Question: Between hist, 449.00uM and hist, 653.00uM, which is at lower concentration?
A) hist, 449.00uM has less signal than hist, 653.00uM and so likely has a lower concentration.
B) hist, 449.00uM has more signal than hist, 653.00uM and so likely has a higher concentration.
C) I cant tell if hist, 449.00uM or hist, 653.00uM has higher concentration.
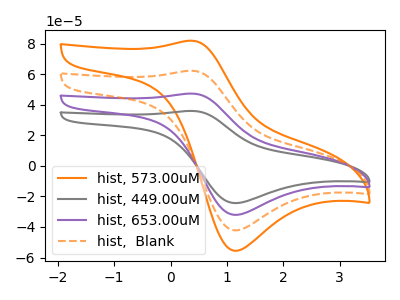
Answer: <think>The orange curve "hist, 573.00uM" has an anodic peak at (0.40V, 141.70uA) and a cathodic peak at (1.15V, -96.25uA). The gray curve "hist, 449.00uM" has an anodic peak at (0.40V, 35.90uA) and a cathodic peak at (1.15V, -24.40uA). The purple curve "hist, 653.00uM" has an anodic peak at (0.40V, 47.25uA) and a cathodic peak at (1.15V, -32.10uA). The orange dashed curve "hist,  Blank" has an anodic peak at (0.40V, 94.45uA) and a cathodic peak at (1.15V, -64.20uA).
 All the peaks in "hist, 449.00uM" have a peak in "hist, 653.00uM" at the same potential. Every peak in "hist, 449.00uM" is lower than every peak in "hist, 653.00uM".</think>
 <answer>A) "hist, 449.00uM" has less signal than "hist, 653.00uM" and so likely has a lower concentration.</answer>
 <eval>A</eval>